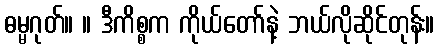
ဓမ္မဂုတ်။ ။ ဒီကိစ္စက ကိုယ်တော်နဲ့ ဘယ်လိုဆိုင်တုန်း။